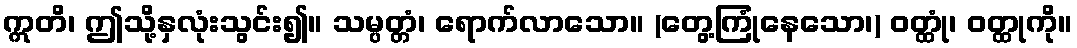
ဣတိ၊ ဤသို့နှလုံးသွင်း၍။ သမ္ပတ္တံ၊ ရောက်လာသော။ (တွေ့ကြုံနေသော၊) ဝတ္ထုံ၊ ဝတ္ထုကို။